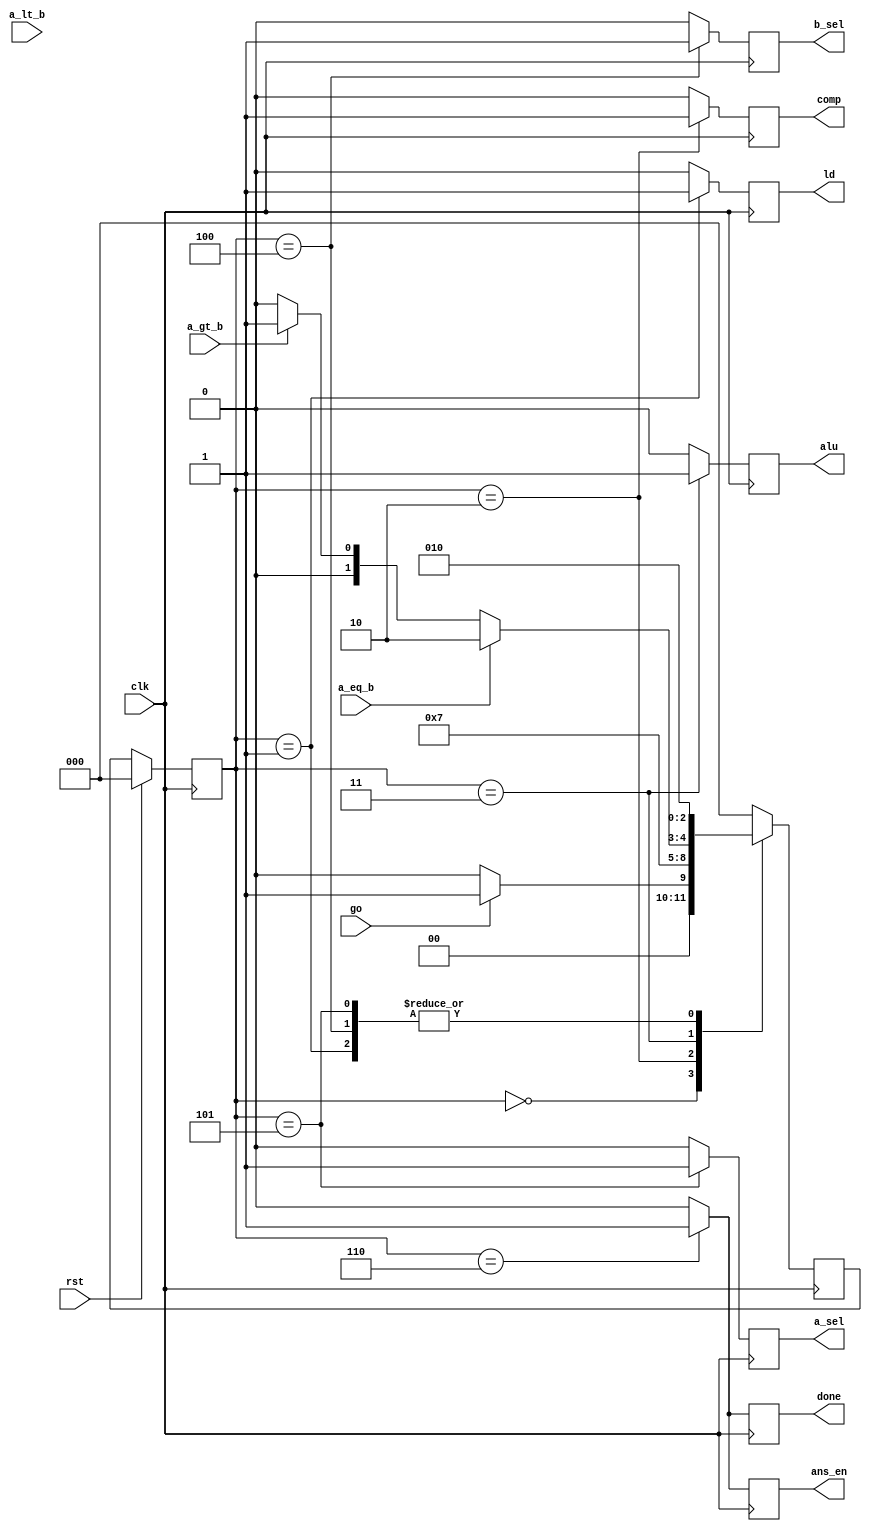
module gcd_controlpath(
    input clk,
    input rst,
    input go,
    output reg ld,
    output reg comp,
    output reg alu,
    output reg b_sel,
    output reg a_sel,
    output reg ans_en,
    output reg done,
    input a_eq_b,
    input a_lt_b,
    input a_gt_b
    );
    
    reg [2:0] nstate,cstate=0;
    parameter s0=0;
    parameter s1=1;
    parameter s2=2;
    parameter s3=3;
    parameter s4=4;
    parameter s5=5;
    parameter s6=6;
    
    always@(posedge clk)
    begin 
    if(rst)
    cstate<=s0;
    else
    cstate<=nstate;
    end
    
    always@(posedge clk)
    begin 
    case(cstate)
    s0: begin
        if(go)
        nstate<=s1;
        else
        nstate<=s0;
        end
    s1:nstate<=s2;  //start loading 
    s2:nstate<=s3;  // compare 
    s3:begin        //alu is enabled
       if(a_eq_b)
       nstate<=s6;
       else if(a_gt_b)
       nstate<=s5;
       else
       nstate<=s4;
       end
     s4:nstate<=s2;
     s5:nstate<=s2;
     s6:nstate<=s0;
     default:nstate<=s0;
     endcase
     end
     
        
    always@(posedge clk)
    begin 
    case(cstate)
    s0: begin
        ld<=0;
        comp<=0;
        alu<=0;
        b_sel<=0;
        a_sel<=0;
        ans_en<=0;
        done<=0;
        end
    s1: begin
        comp<=0;
        ld<=1;
        alu<=0;
        b_sel<=0;
        a_sel<=0;
        ans_en<=0;
        done<=0;
        end
    s2: begin
        ld<=0;
        comp<=1;
        alu<=0;
        b_sel<=0;
        a_sel<=0;
        ans_en<=0;
        done<=0;
        end
    s3: begin
        ld<=0;
        comp<=0;
        alu<=1;
        b_sel<=0;
        a_sel<=0;
        ans_en<=0;
        done<=0;
       end
     s4: begin
        ld<=0;
        comp<=0;
        alu<=0;
        b_sel<=1;
        a_sel<=0;
        ans_en<=0;
        done<=0;
        end
     s5: begin
         ld<=0;
        comp<=0;
        alu<=0;
        b_sel<=0;
        a_sel<=1;
        ans_en<=0;
        done<=0;
        end
     s6: begin
        ld<=0;
        comp<=0;
        alu<=0;
        b_sel<=0;
        a_sel<=0;
        ans_en<=1;
        done<=1;
        end
     default: begin
        ld<=0;
        comp<=0;
        alu<=0;
        b_sel<=0;
        a_sel<=0;
        ans_en<=0;
        done<=0;
        end
     endcase
     end    
                    
endmodule